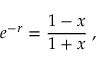
e ^ { - r } = \frac { 1 - x } { 1 + x } \; ,